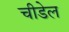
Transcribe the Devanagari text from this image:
चीडेल